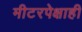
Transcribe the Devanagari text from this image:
मीटरपेक्षाही